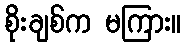
စိုးချစ်က မကြား။